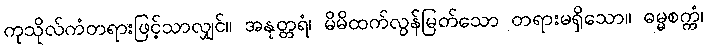
ကုသိုလ်ကံတရားဖြင့်သာလျှင်။ အနုတ္တရံ၊ မိမိထက်လွန်မြတ်သော တရားမရှိသော။ ဓမ္မစက္ကံ၊